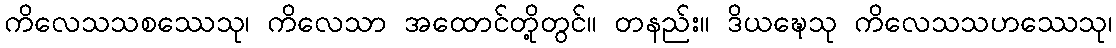
ကိလေသသစဿေသု၊ ကိလေသာ အထောင်တို့တွင်။ တနည်း။ ဒိယဍ္ဎေသု ကိလေသသဟဿေသု၊